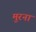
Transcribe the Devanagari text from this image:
मुरना